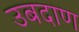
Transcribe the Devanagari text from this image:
उबदाण